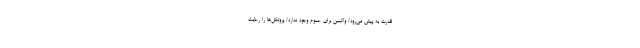
قدرت به پیش می‌رود/ واکسن برای عموم وجود ندارد/ پروتکل‌ها را رعایت